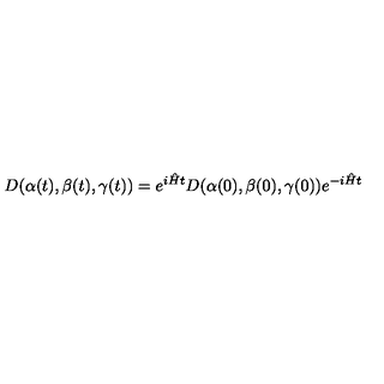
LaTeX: D ( \alpha ( t ) , \beta ( t ) , \gamma ( t ) ) = e ^ { i \hat { H } t } D ( \alpha ( 0 ) , \beta ( 0 ) , \gamma ( 0 ) ) e ^ { - i \hat { H } t }